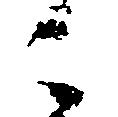
ニ